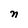
Character: n